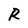
Character: R